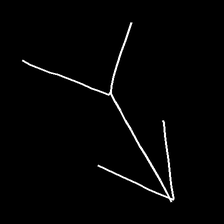
Glyph: gather